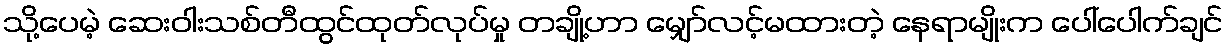
သို့ပေမဲ့ ဆေးဝါးသစ်တီထွင်ထုတ်လုပ်မှု တချို့ဟာ မျှော်လင့်မထားတဲ့ နေရာမျိုးက ပေါ်ပေါက်ချင်